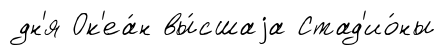
дн'я Ок'еа́н вы́сшаjа Стад'ио́ны